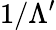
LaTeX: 1/\Lambda^{\prime}